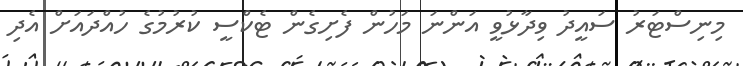
މިނިސްޓަރު ސައީދު ވިދާޅުވީ އަންނަ މަހުން ފެށިގެން ޓެކްސީ ކުރުމުގެ ހުއްދައަށް އެދި